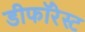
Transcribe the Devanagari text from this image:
डीफॉरेस्ट